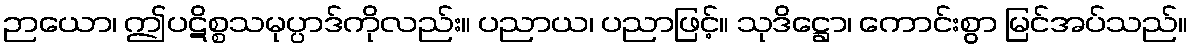
ဉာယော၊ ဤပဋိစ္စသမုပ္ပာဒ်ကိုလည်း။ ပညာယ၊ ပညာဖြင့်။ သုဒိဋ္ဌော၊ ကောင်းစွာ မြင်အပ်သည်။